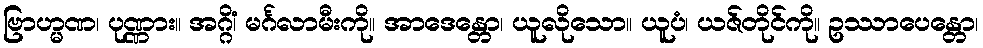
ဗြာဟ္မဏ၊ ပုဏ္ဏား။ အဂ္ဂိံ၊ မင်္ဂလာမီးကို။ အာဒေန္တော၊ ယူလိုသော။ ယူပံ၊ ယဇ်တိုင်ကို။ ဥဿာပေန္တော၊